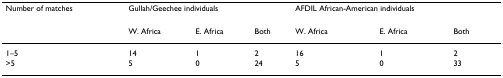
<table><thead><tr><td><b>Number of matches</b></td><td colspan="3"><b>Gullah/Geechee individuals</b></td><td colspan="3"><b>AFDIL African-American individuals</b></td></tr><tr><td></td><td><b>W. Africa</b></td><td><b>E. Africa</b></td><td><b>Both</b></td><td><b>W. Africa</b></td><td><b>E. Africa</b></td><td><b>Both</b></td></tr></thead><tbody><tr><td>1–5</td><td>14</td><td>1</td><td>2</td><td>16</td><td>1</td><td>2</td></tr><tr><td>&gt;5</td><td>5</td><td>0</td><td>24</td><td>5</td><td>0</td><td>33</td></tr></tbody></table>